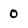
Character: 0